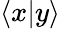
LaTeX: \langle x|y\rangle